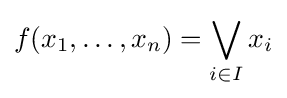
f(x_{1},\dots ,x_{n})=\bigvee _{i\in I}x_{i}